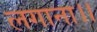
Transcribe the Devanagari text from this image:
लगाना।।